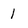
Character: 1